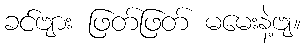
ခင်ဗျား ဖြတ်ဖြတ် မမေးနဲ့ဗျ။